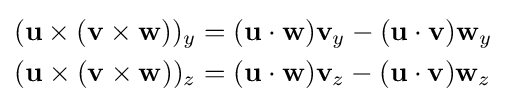
{\begin{aligned}(\mathbf {u} \times (\mathbf {v} \times \mathbf {w} ))_{y}&=(\mathbf {u} \cdot \mathbf {w} )\mathbf {v} _{y}-(\mathbf {u} \cdot \mathbf {v} )\mathbf {w} _{y}\\(\mathbf {u} \times (\mathbf {v} \times \mathbf {w} ))_{z}&=(\mathbf {u} \cdot \mathbf {w} )\mathbf {v} _{z}-(\mathbf {u} \cdot \mathbf {v} )\mathbf {w} _{z}\end{aligned}}